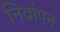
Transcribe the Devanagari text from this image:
निर्वापन